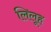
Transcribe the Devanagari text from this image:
लिलूह